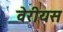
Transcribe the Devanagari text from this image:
वेरीयस